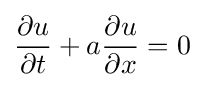
{\frac {\partial u}{\partial t}}+a{\frac {\partial u}{\partial x}}=0